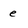
Character: e